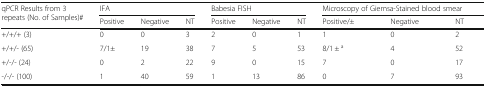
| <ROWSPAN=2> qPCR Results from 3 repeats (No. of Samples)# | <COLSPAN=3> IFA | <COLSPAN=3> Babesia FISH | <COLSPAN=3> Microscopy of Giemsa-Stained blood smear |
 | Positive | Negative | NT | Positive | Negative | NT | Positive/± | Negative | NT |
 | --- | --- | --- | --- | --- | --- | --- | --- | --- | --- |
 | +/+/+ (3) | 0 | 0 | 3 | 2 | 0 | 1 | 1 | 0 | 2 |
 | +/+/- (65) | 7/1± | 19 | 38 | 7 | 5 | 53 | 8/1 ± a | 4 | 52 |
 | +/-/- (24) | 0 | 2 | 22 | 9 | 0 | 15 | 7 | 0 | 17 |
 | -/-/- (100) | 1 | 40 | 59 | 1 | 13 | 86 | 0 | 7 | 93 |